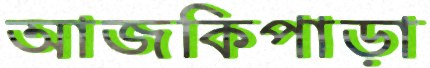
আজকিপাড়া